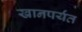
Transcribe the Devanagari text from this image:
खानपर्यंत